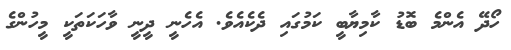
ހޯދޭ އެންމެ ބޮޑު ކާމިޔާބީ ކަމުގައި ދެކެއެވެ. އެހެނީ ދީނީ ވާހަކަތަކީ މީހުންގެ